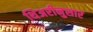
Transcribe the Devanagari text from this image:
थिअरीनुसार